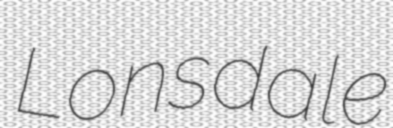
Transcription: Lonsdale